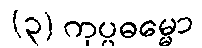
(၃) ကုပ္ပဓမ္မော